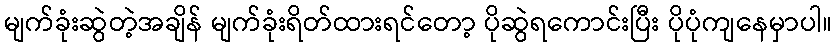
မျက်ခုံးဆွဲတဲ့အချိန် မျက်ခုံးရိတ်ထားရင်တော့ ပိုဆွဲရကောင်းပြီး ပိုပုံကျနေမှာပါ။